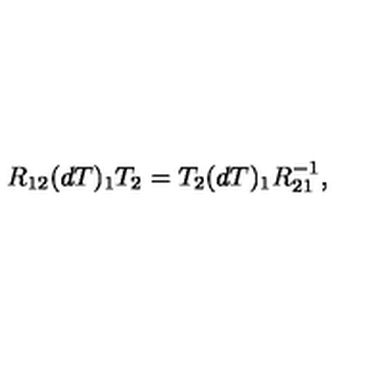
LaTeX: R _ { 1 2 } ( d T ) _ { 1 } T _ { 2 } = T _ { 2 } ( d T ) _ { 1 } R _ { 2 1 } ^ { - 1 } ,